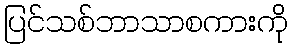
ပြင်သစ်ဘာသာစကားကို